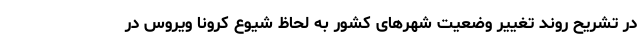
در تشریح روند تغییر وضعیت شهرهای کشور به لحاظ شیوع کرونا ویروس در